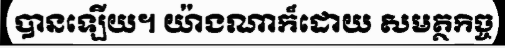
បានឡើយ។ យ៉ាងណាក៏ដោយ សមត្ថកិច្ច